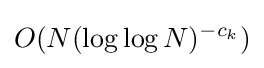
O(N(\log \log N)^{-c_{k}})